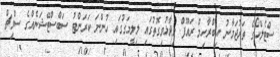
ސްޓެލްކޯގެ ތަރުޖަމާނު އިބްރާހިމް ރައޫފް ވިދާޅުވިގޮތުގައި ލިލީމަގުގައި ހުންނަ ކަރަންޓު ސަބްސްޓޭޝަނެއްގެ ސްވިޗް